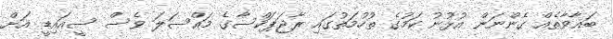
ބަޣާވާތެއް ގެންނަން އުޅުނު ކަމުގެ ތުހުމަތުގައި ރާޖަޕަކްސާގެ މައްސަލަ ވެސް ސީއައިޑީ އަށް